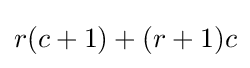
r(c+1)+(r+1)c